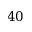
4 0